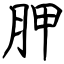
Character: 胛